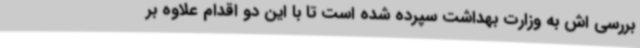
بررسی اش به وزارت بهداشت سپرده شده است تا با این دو اقدام علاوه بر